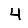
Digit: 4